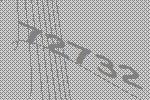
72732